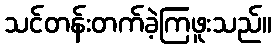
သင်တန်းတက်ခဲ့ကြဖူးသည်။